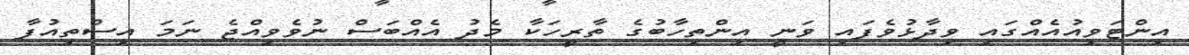
އިންޓަވިއުއެއްގައި ވިދާޅުވެފައި ވަނީ އިންތިހާބުގެ ތާރީހަކާ މެދު އެއްބަސް ނުވެވިއްޖެ ނަމަ އިސްތިއުފާ